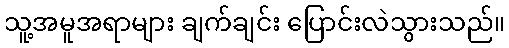
သူ့အမူအရာများ ချက်ချင်း ပြောင်းလဲသွားသည်။